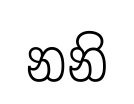
නනි